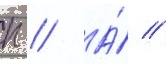
п // А́ //